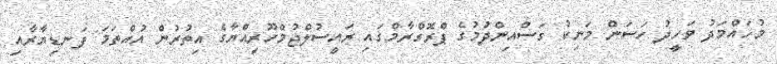
މުހައްމަދު ވަހީދު ހަސަން މަނިކު ގަސްއިންދުމުގެ ޕްރޮގްރާމްގައި ރައީސުލްޖުމްހޫރިއްޔާގެ އިތުރުން އުއްތަމަ ފަނޑިޔާރާއި